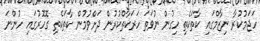
ހަޖަމުކުރާ ނިޒާމްގައި ކާތަކެތި ހިގުން ނުވަތަ ހަރަކާތްކުރުން ދަށްވުމުން ކާތަކެތި ގޮހޮރުގައި ހުންނަ